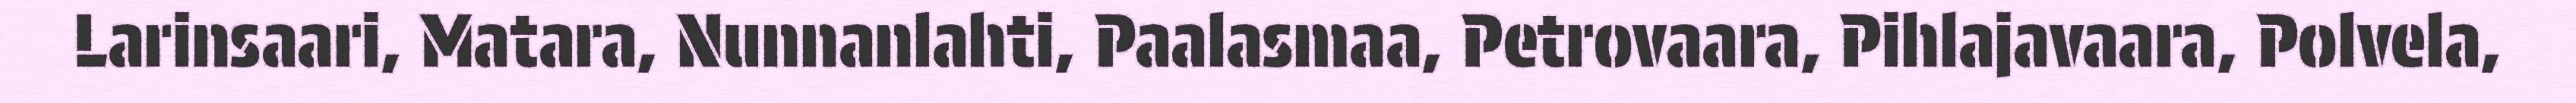
Larinsaari, Matara, Nunnanlahti, Paalasmaa, Petrovaara, Pihlajavaara, Polvela,